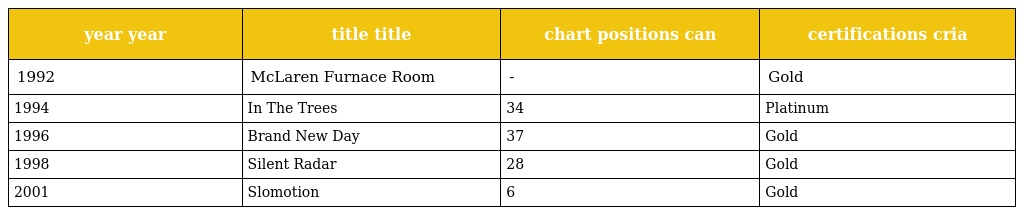
| year year | title title | chart positions can | certifications cria |
 | --- | --- | --- | --- |
 | 1992 | McLaren Furnace Room | - | Gold |
 | 1994 | In The Trees | 34 | Platinum |
 | 1996 | Brand New Day | 37 | Gold |
 | 1998 | Silent Radar | 28 | Gold |
 | 2001 | Slomotion | 6 | Gold |